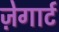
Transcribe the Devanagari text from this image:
ज़ेगार्ट